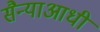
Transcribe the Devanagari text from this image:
सैन्याआधी